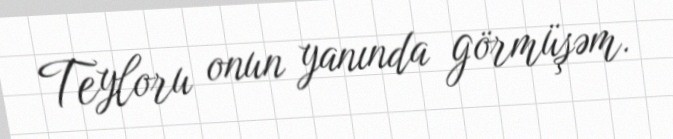
Teyloru onun yanında görmüşəm.